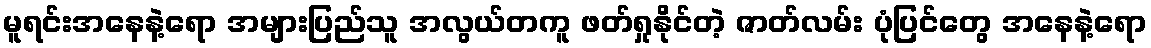
မူရင်းအနေနဲ့ရော အများပြည်သူ အလွယ်တကူ ဖတ်ရှုနိုင်တဲ့ ဇာတ်လမ်း ပုံပြင်တွေ အနေနဲ့ရော